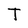
Character: T